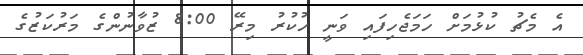
އެ މެޗު ކުޅުމަށް ހަމަޖެހިފައި ވަނީ ހުކުރު މިރޭ 8:00 ޒުވާނުންގެ މަރުކަޒުގެ